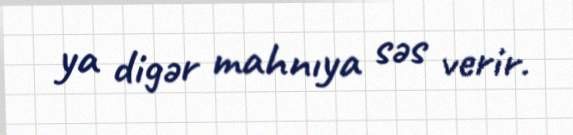
ya digər mahnıya səs verir.